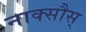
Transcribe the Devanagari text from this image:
नाक्सौस्